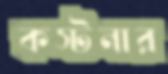
কস্টনার